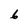
Character: 6